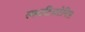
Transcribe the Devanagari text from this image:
स्काटिसटेनिस